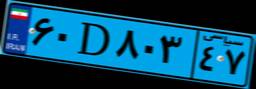
۶۰D۸۰۳۴۷